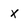
Character: X